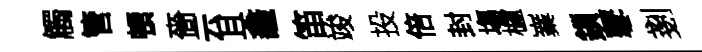
觸管頓嗇云且龕笛竣投倍封塲櫨嶪鎻鼕剗